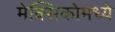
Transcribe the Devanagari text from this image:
मेक्‍सिकोमध्ये